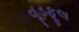
વૂડફૂલ